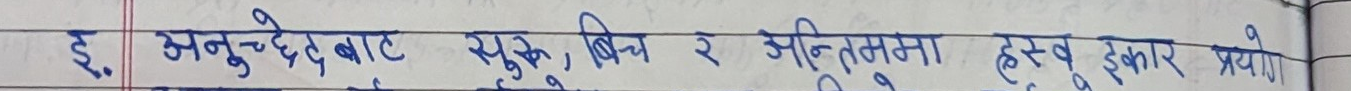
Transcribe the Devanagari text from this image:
इ. अनुच्छेदबाट सुकु, बिच र अन्तमा ह्रस्व ईकार प्रयोग